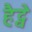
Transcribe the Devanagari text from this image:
हैट्वे